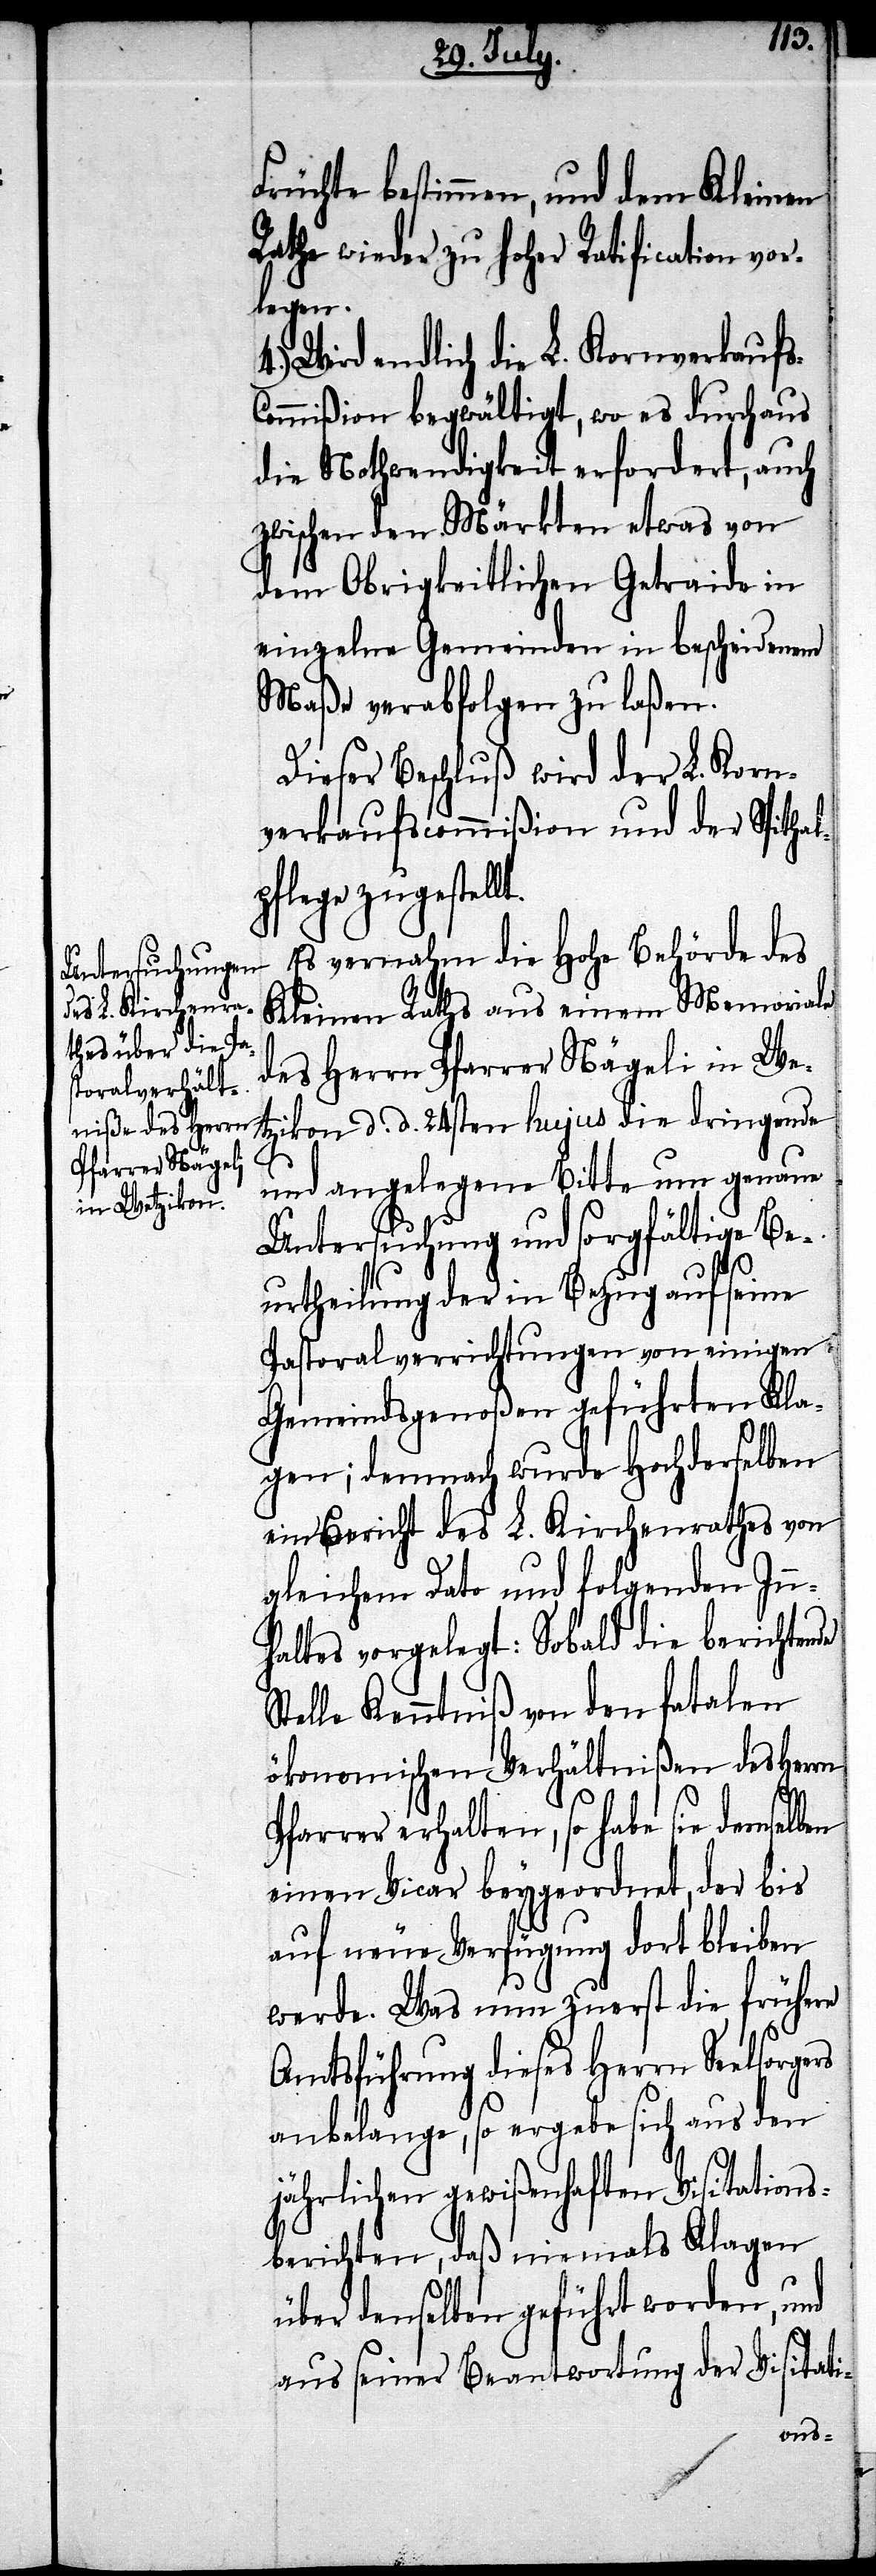
Früchte bestimmen, und dem Kleinen
Rathe wieder zu hoher Ratification vor¬
legen.
Wird endlich die L. Kornverkaufs-C¬
ommißion begwältigt, wo es durchaus
die Nothwendigkeit erfordert, auch
zwischen den Märkten etwas von
dem Obrigkeitlichen Getraide in
einzelne Gemeinden in bescheidenem
Maße verabfolgen zu laßen.
Dieser Beschluß wird der L. Korn¬
verkaufscommißion und der Spithal¬
pflege zugestell¬
Es vernahm die Hohe Behörde des
Kleinen Raths aus einem Memoriale
des Herrn Pfarrer Nägeli in We¬
tzikon d. d. 24sten hujus die dringende
t.
und angelegene Bitte um genaue
Untersuchung und sorgfältige Be¬
urtheilung der in Bezug auf seine
Pastoralverrichtungen von einigen
Gemeindsgenoßen geführten Kla¬
gen; demnach wurde Hochderselben
ein Bericht des L. Kirchenrathes von
gleichem Dato und folgenden Inn¬
haltes vorgelegt: Sobald die berichtende
Stelle Kenntniß von den fatalen
ökonomischen Verhältnißen des Herrn
Pfarrer erhalten, so habe sie demselben
einen Vicar beygeordnet, der bis
auf neue Verfügung dort bleiben
werde. Was nun zuerst die frühere
Amtsführung dieses Herrn Seelsorgers
anbelange, so ergebe sich aus den
jährlichen gewißenhaften Visitations¬
berichen, daß niemals Klagen
über denselben geführt worden, und
aus seiner Beantwortung der Visitati-